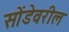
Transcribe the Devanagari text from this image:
सोंडेवरील